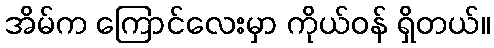
အိမ်က ကြောင်လေးမှာ ကိုယ်ဝန် ရှိတယ်။